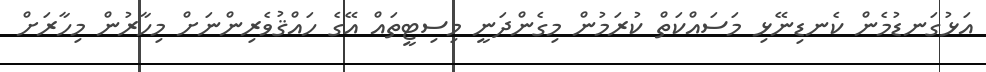
އަޅުގަނޑުމެން ކެނޑިނޭޅި މަސައްކަތް ކުރަމުން މިގެންދަނީ މިސިޓީތައް އޭގެ ހައްޤުވެރިންނަށް މިހާރުން މިހާރަށް